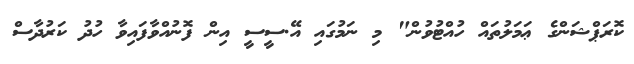
ކޮރަޕްޝަންގެ ޢަމަލުތައް ހުއްޓުވުން" މި ނަމުގައި އޭ.ސީސީ އިން ފޮނުއްވާފައިވާ ހުދު ކަރުދާސް